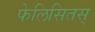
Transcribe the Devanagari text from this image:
फेलिसितस्